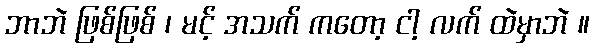
ဘာဘဲ ဖြစ်ဖြစ် ၊ မင့် အသက် ကတော့ ငါ့ လက် ထဲမှာဘဲ ။